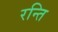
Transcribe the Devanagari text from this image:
रन्ति